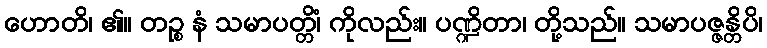
ဟောတိ၊ ၏။ တဉ္စ နံ သမာပတ္တိံ၊ ကိုလည်း။ ပဏ္ဍိတာ၊ တို့သည်။ သမာပဇ္ဇန္တိပိ၊